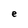
Character: e